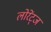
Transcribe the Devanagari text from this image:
लोरेंट्ज